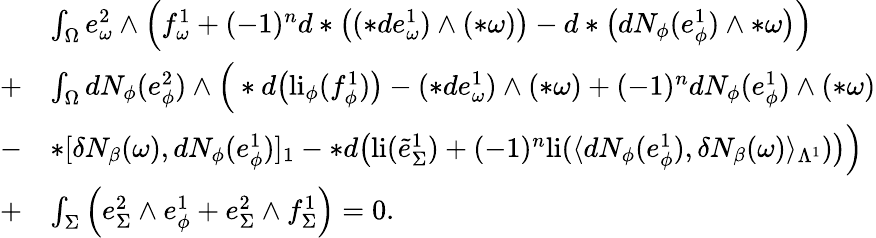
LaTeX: \begin{array}{rl}&{\int_{\Omega}e_{\omega}^{2}\wedge\Big(f_{\omega}^{1}+(-1)^{n}d\ast\big((\ast de_{\omega}^{1})\wedge(\ast\omega)\big)-d\ast\big(dN_{\phi}(e_{\phi}^{1})\wedge\ast\omega\big)\Big)}\\ {+}&{\int_{\Omega}dN_{\phi}(e_{\phi}^{2})\wedge\Big(\ast d\big(\mathrm{li}_{\phi}(f_{\phi}^{1})\big)-(\ast de_{\omega}^{1})\wedge(\ast\omega)+(-1)^{n}dN_{\phi}(e_{\phi}^{1})\wedge(\ast\omega)}\\ {-}&{\ast[\delta N_{\beta}(\omega),dN_{\phi}(e_{\phi}^{1})]_{1}-\ast d\big(\mathrm{li}(\tilde{e}_{\Sigma}^{1})+(-1)^{n}\mathrm{li}(\langle dN_{\phi}(e_{\phi}^{1}),\delta N_{\beta}(\omega)\rangle_{\Lambda^{1}})\big)\Big)}\\ {+}&{\int_{\Sigma}\Big(e_{\Sigma}^{2}\wedge e_{\phi}^{1}+e_{\Sigma}^{2}\wedge f_{\Sigma}^{1}\Big)=0.}\end{array}